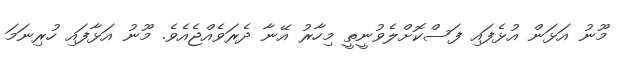
މޫނު އަޅަން އުޅެފައި ފަސްކޮށްލެވުނީތީ މިހާރު އޭނާ ދެރަވެއްޖެއެވެ. މޫނު އަޅާފައި ހުރިނަމަ